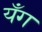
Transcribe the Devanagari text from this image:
यँग